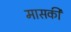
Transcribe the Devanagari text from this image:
मासकी